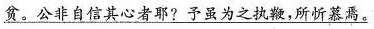
\underline{贫。公非自信其心者邪?予虽为之执鞭，所忻慕焉。}